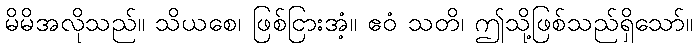
မိမိအလိုသည်။ သိယစေ၊ ဖြစ်ငြားအံ့။ ဧဝံ သတိ၊ ဤသို့ဖြစ်သည်ရှိသော်။